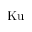
\mathrm { K u }